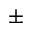
\pm